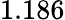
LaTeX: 1.186